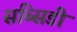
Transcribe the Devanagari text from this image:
सब्‍सिडी